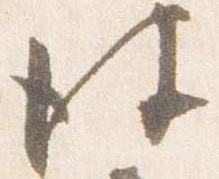
彼